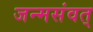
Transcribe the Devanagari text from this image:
जन्मसंवत्